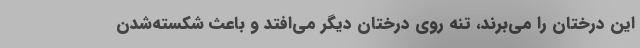
این درختان را می‌برند، تنه روی درختان دیگر می‌افتد و باعث شکسته‌شدن